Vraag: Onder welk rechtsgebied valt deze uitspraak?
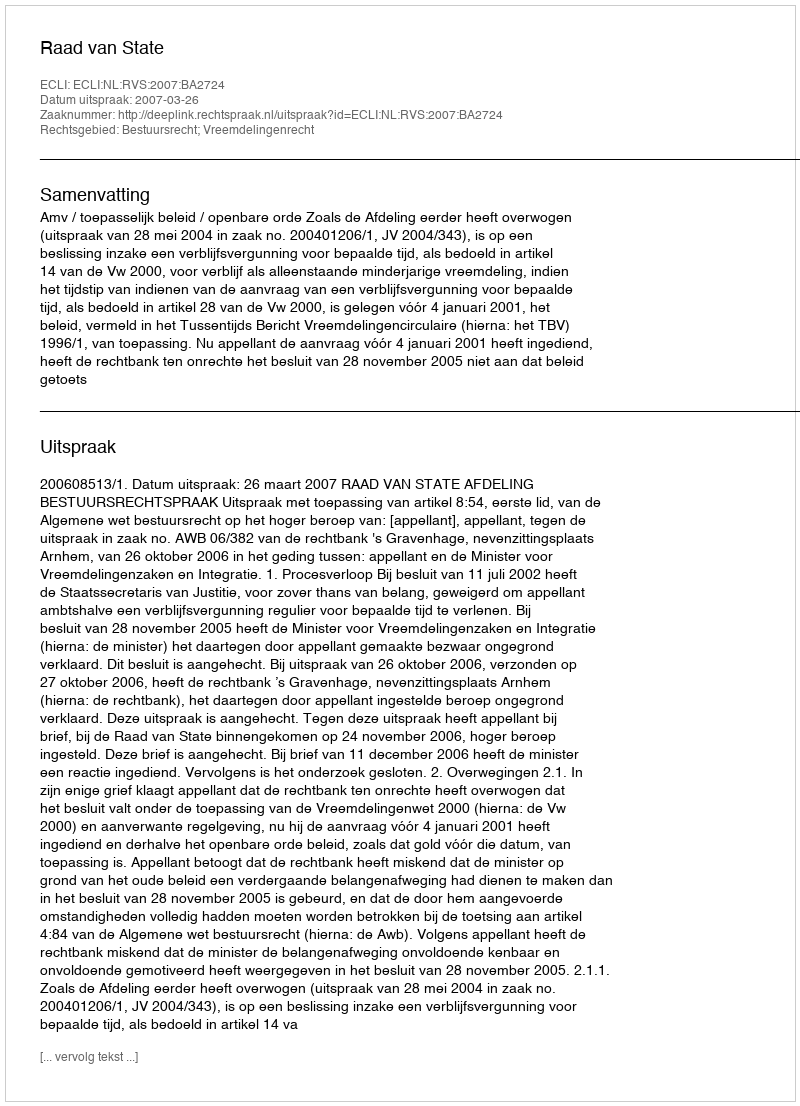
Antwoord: Bestuursrecht; Vreemdelingenrecht